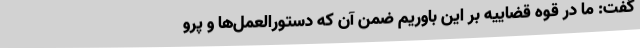
گفت: ما در قوه قضاییه بر این باوریم ضمن آن که دستورالعمل‌ها و پرو